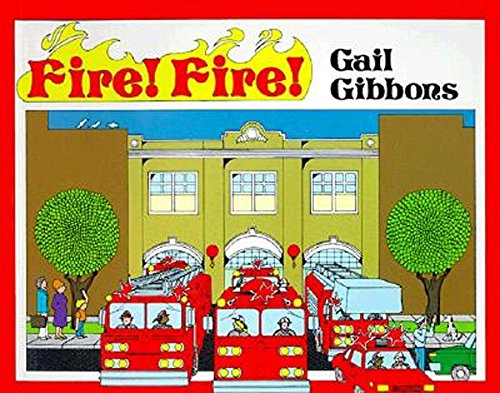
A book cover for Fire! Fire!; Gail Gibbons; Children's Books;